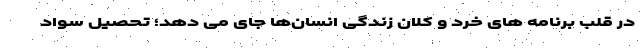
در قلب برنامه های خرد و کلان زندگی انسان‌ها جای می دهد؛ تحصیل سواد